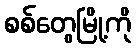
စစ်တွေမြို့ကို